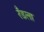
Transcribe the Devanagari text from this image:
रँडला